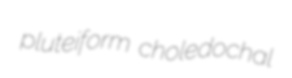
pluteiform choledochal